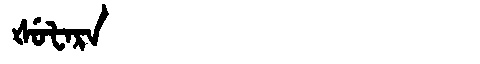
Manchu: ᡧᡠᡶᠠᡵᠠ
Romanization: ŠUFARA